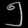
Digit: ၅